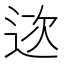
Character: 𨒮